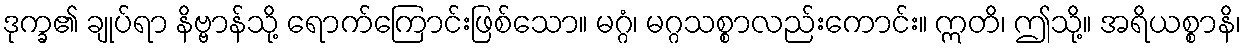
ဒုက္ခ၏ ချုပ်ရာ နိဗ္ဗာန်သို့ ရောက်ကြောင်းဖြစ်သော။ မဂ္ဂံ၊ မဂ္ဂသစ္စာလည်းကောင်း။ ဣတိ၊ ဤသို့။ အရိယစ္စာနိ၊